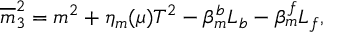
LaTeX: \overline { { { m } } } _ { 3 } ^ { 2 } = m ^ { 2 } + \eta _ { m } ( \mu ) T ^ { 2 } - \beta _ { m } ^ { b } L _ { b } - \beta _ { m } ^ { f } L _ { f } ,